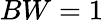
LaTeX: BW=1